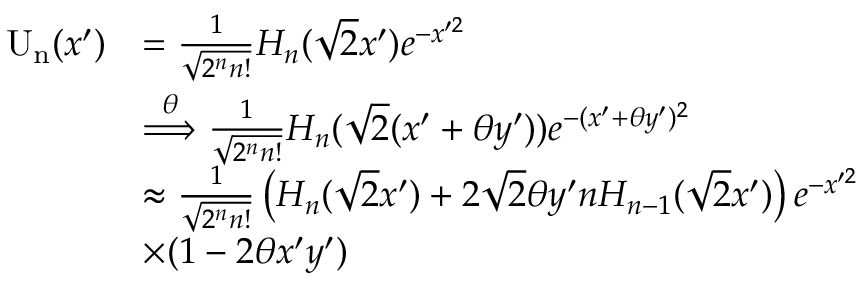
\begin{array} { r l } { \mathrm { U _ { n } } ( x ^ { \prime } ) } & { = \frac { 1 } { \sqrt { 2 ^ { n } n ! } } H _ { n } ( \sqrt { 2 } x ^ { \prime } ) e ^ { - x ^ { \prime 2 } } } \\ & { \overset { \theta } { \Longrightarrow } \frac { 1 } { \sqrt { 2 ^ { n } n ! } } H _ { n } ( \sqrt { 2 } ( x ^ { \prime } + \theta y ^ { \prime } ) ) e ^ { - ( x ^ { \prime } + \theta y ^ { \prime } ) ^ { 2 } } } \\ & { \approx \frac { 1 } { \sqrt { 2 ^ { n } n ! } } \left( H _ { n } ( \sqrt { 2 } x ^ { \prime } ) + 2 \sqrt { 2 } \theta y ^ { \prime } n H _ { n - 1 } ( \sqrt { 2 } x ^ { \prime } ) \right) e ^ { - x ^ { \prime 2 } } } \\ & { \times ( 1 - 2 \theta x ^ { \prime } y ^ { \prime } ) } \end{array}